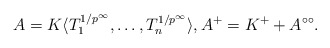
\begin{align*}A = K\langle T_1^{1/p^\infty}, \dots, T_n^{1/p^\infty}\rangle, A^+ = K^+ + A^{\circ\circ}.\end{align*}